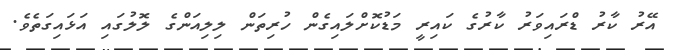
އޭރު ކާރު ޑްރައިވަރު ކާރުގެ ކައިރީ މަޑުކޮށްލައިގެން ހުރިތަން ލިލިއަންގެ ލޮލުގައި އަޅައިގަތެވެ.